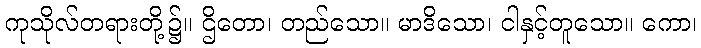
ကုသိုလ်တရားတို့၌။ ဌိတော၊ တည်သော။ မာဒိသော၊ ငါနှင့်တူသော။ ကော၊